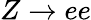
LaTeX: Z\to ee